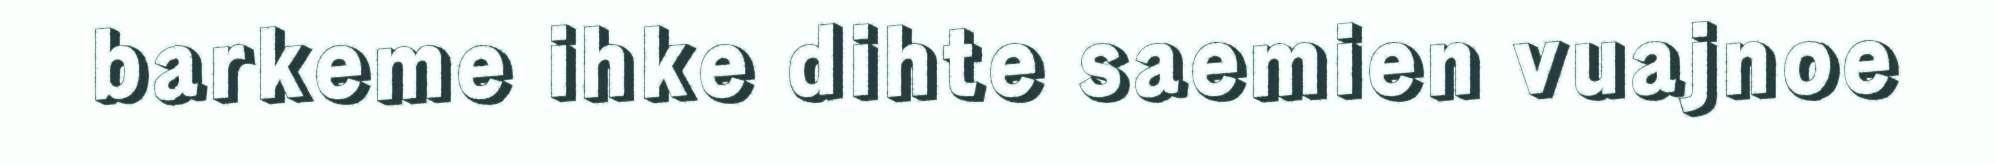
barkeme ihke dihte saemien vuajnoe